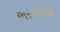
ભરતીએ